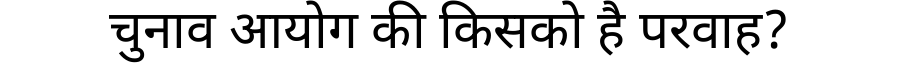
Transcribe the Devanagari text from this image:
चुनाव आयोग की किसको है परवाह?